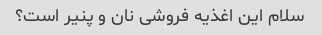
سلام این اغذیه فروشی نان و پنیر است؟